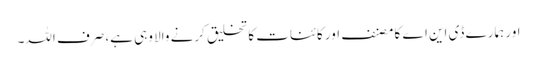
اور ہمارے ڈی این اے کا مصنف اور کائنات کا تخلیق کرنے والا وہی ہے، صرف اللہ۔